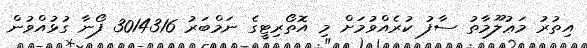
އިތުރު މަޢުލޫމާތު ސާފު ކުރެއްވުމަށް މި އޮތޯރިޓީގެ ނަމްބަރު 3014316 ފޯނާ ގުޅުއްވުން